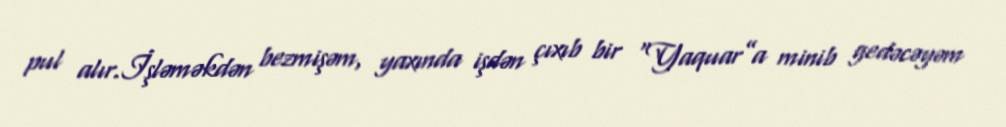
pul alır.İşləməkdən bezmişəm, yaxında işdən çıxıb bir “Yaquar”a minib gedəcəyəm